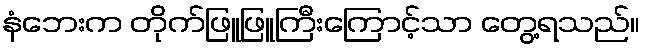
နံဘေးက တိုက်ဖြူဖြူကြီးကြောင့်သာ တွေ့ရသည်။